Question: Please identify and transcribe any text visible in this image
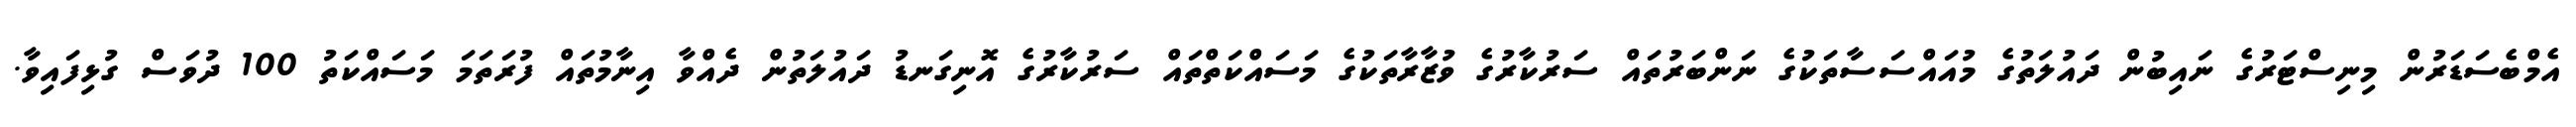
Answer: އެމްބެސަޑަރުން މިނިސްޓަރުގެ ނައިބުން ދައުލަތުގެ މުއައްސަސާތަކުގެ ނަންބަރުތައް ސަރުކާރުގެ ވުޒާރާތަކުގެ މަސައްކަތްތައް ސަރުކާރުގެ އޮނިގަނޑު ދައުލަތުން ދެއްވާ އިނާމުތައް ފުރަތަމަ މަސައްކަތު 100 ދުވަސް ގުޅިފައިވާ.